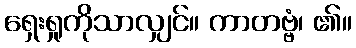
ရှေးရှုကိုသာလျှင်။ ကာတဗ္ဗံ၊ ၏။